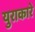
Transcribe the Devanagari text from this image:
युराकारे